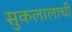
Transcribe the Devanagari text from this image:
सुकलालाची